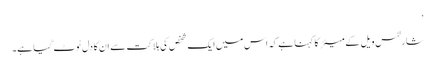
‘
شارلٹس ویل کے میئر کا کہنا ہے کہ اس میں ایک شخص کی ہلاکت سے ان کا دل ٹوٹ گیا ہے۔